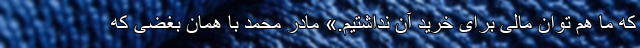
که ما هم توان مالی برای خرید آن نداشتیم.» مادر محمد با همان بغضی که